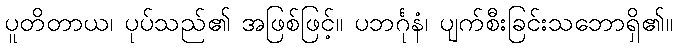
ပူတိတာယ၊ ပုပ်သည်၏ အဖြစ်ဖြင့်။ ပဘင်္ဂုနံ၊ ပျက်စီးခြင်းသဘောရှိ၏။